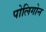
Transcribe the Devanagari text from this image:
पोलिगोन